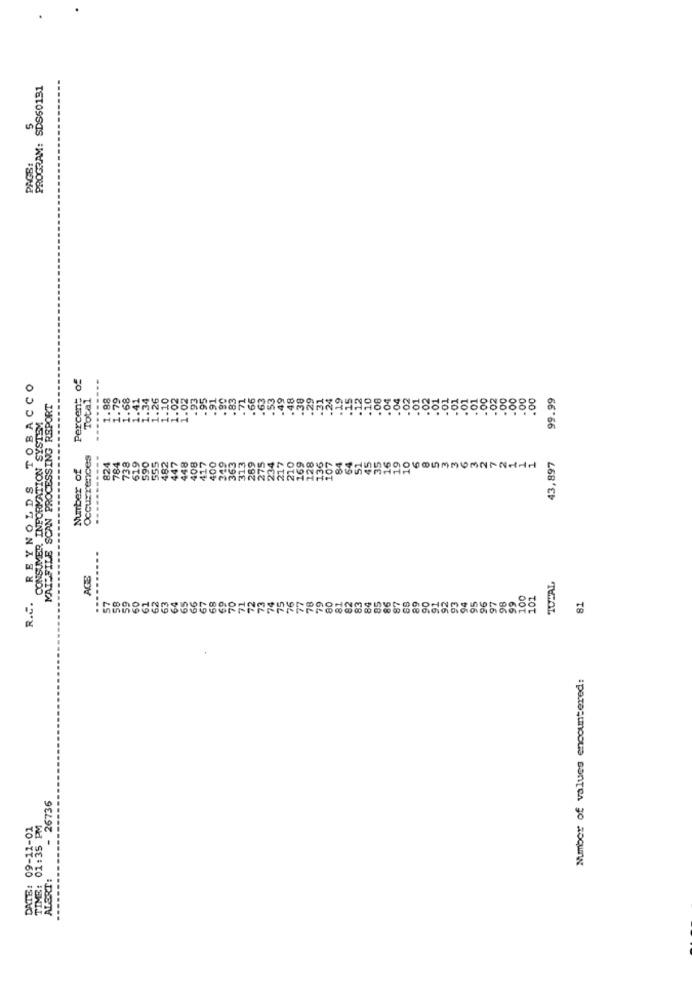
PROGRAM: SDS50131
PAGE:
Percent of
REYNOLDS TOBACCO
Total
1.88
68
.34
1.26
1.02
1.02
.93
.95
.91
.90
.83
.71
66
63
.53
.49
.48
.38
.29
.24
10
08
.01
.01
.01
.01
.01
.02
.00
.00
.00
.00
99.99
AIPFILE SCAN PROCESSING RSPORT
CONSUMER INFORMATION SYSTEM
828
1.
Occurz Wices
738
555
482
448
43,897
Number of
824
784
619
590
447
408
417
249
363
313
289
169
AGS
TOPAL
R.C.
94
95
96
98
99
100
101
82
93
97
Number of values encountered:
- 26736
09-12-01
ALERT:
DATE:
TIME: